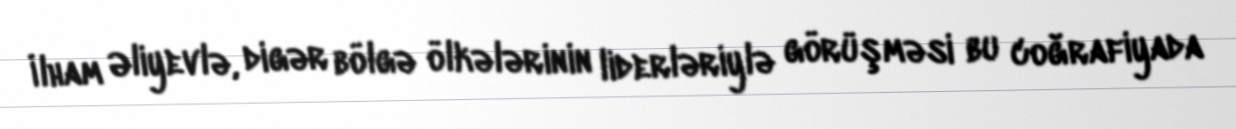
İlham Əliyevlə, digər bölgə ölkələrinin liderləriylə görüşməsi bu coğrafiyada